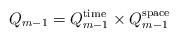
\begin{align*}Q_{m-1}=Q_{m-1}^{\textnormal{time}}\times Q_{m-1}^{\textnormal{space}}\end{align*}